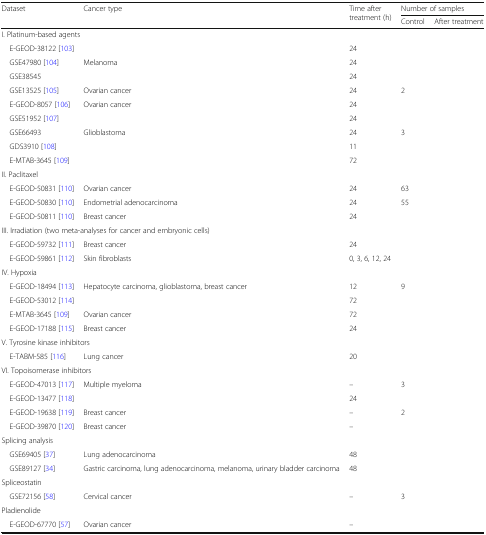
<table><thead><tr><td rowspan="2"><b>Dataset</b></td><td rowspan="2"><b>Cancer type</b></td><td rowspan="2"><b>Time after treatment (h)</b></td><td colspan="2"><b>Number of samples</b></td></tr><tr><td><b>Control</b></td><td><b>After treatment</b></td></tr></thead><tbody><tr><td colspan="5">I. Platinum-based agents</td></tr><tr><td> E-GEOD-38122 [103]</td><td>[EMPTY_CELL]</td><td>24</td><td>[EMPTY_CELL]</td><td>[EMPTY_CELL]</td></tr><tr><td> GSE47980 [104]</td><td>Melanoma</td><td>24</td><td>[EMPTY_CELL]</td><td>[EMPTY_CELL]</td></tr><tr><td> GSE38545</td><td>[EMPTY_CELL]</td><td>24</td><td>[EMPTY_CELL]</td><td>[EMPTY_CELL]</td></tr><tr><td> GSE13525 [105]</td><td>Ovarian cancer</td><td>24</td><td>2</td><td>[EMPTY_CELL]</td></tr><tr><td> E-GEOD-8057 [106]</td><td>Ovarian cancer</td><td>24</td><td>[EMPTY_CELL]</td><td>[EMPTY_CELL]</td></tr><tr><td> GSE51952 [107]</td><td>[EMPTY_CELL]</td><td>24</td><td>[EMPTY_CELL]</td><td>[EMPTY_CELL]</td></tr><tr><td> GSE66493</td><td>Glioblastoma</td><td>24</td><td>3</td><td>[EMPTY_CELL]</td></tr><tr><td> GDS3910 [108]</td><td>[EMPTY_CELL]</td><td>11</td><td>[EMPTY_CELL]</td><td>[EMPTY_CELL]</td></tr><tr><td> E-MTAB-3645 [109]</td><td>[EMPTY_CELL]</td><td>72</td><td>[EMPTY_CELL]</td><td>[EMPTY_CELL]</td></tr><tr><td colspan="5">II. Paclitaxel</td></tr><tr><td> E-GEOD-50831 [110]</td><td>Ovarian cancer</td><td>24</td><td>63</td><td>[EMPTY_CELL]</td></tr><tr><td> E-GEOD-50830 [110]</td><td>Endometrial adenocarcinoma</td><td>24</td><td>55</td><td>[EMPTY_CELL]</td></tr><tr><td> E-GEOD-50811 [110]</td><td>Breast cancer</td><td>24</td><td>[EMPTY_CELL]</td><td>[EMPTY_CELL]</td></tr><tr><td colspan="5">III. Irradiation (two meta-analyses for cancer and embryonic cells)</td></tr><tr><td> E-GEOD-59732 [111]</td><td>Breast cancer</td><td>24</td><td>[EMPTY_CELL]</td><td>[EMPTY_CELL]</td></tr><tr><td> E-GEOD-59861 [112]</td><td>Skin fibroblasts</td><td>0, 3, 6, 12, 24</td><td>[EMPTY_CELL]</td><td>[EMPTY_CELL]</td></tr><tr><td colspan="5">IV. Hypoxia</td></tr><tr><td> E-GEOD-18494 [113]</td><td>Hepatocyte carcinoma, glioblastoma, breast cancer</td><td>12</td><td>9</td><td>[EMPTY_CELL]</td></tr><tr><td> E-GEOD-53012 [114]</td><td>[EMPTY_CELL]</td><td>72</td><td>[EMPTY_CELL]</td><td>[EMPTY_CELL]</td></tr><tr><td> E-MTAB-3645 [109]</td><td>Ovarian cancer</td><td>72</td><td>[EMPTY_CELL]</td><td>[EMPTY_CELL]</td></tr><tr><td> E-GEOD-17188 [115]</td><td>Breast cancer</td><td>24</td><td>[EMPTY_CELL]</td><td>[EMPTY_CELL]</td></tr><tr><td colspan="5">V. Tyrosine kinase inhibitors</td></tr><tr><td> E-TABM-585 [116]</td><td>Lung cancer</td><td>20</td><td>[EMPTY_CELL]</td><td>[EMPTY_CELL]</td></tr><tr><td colspan="5">VI. Topoisomerase inhibitors</td></tr><tr><td> E-GEOD-47013 [117]</td><td>Multiple myeloma</td><td>–</td><td>3</td><td>[EMPTY_CELL]</td></tr><tr><td> E-GEOD-13477 [118]</td><td>[EMPTY_CELL]</td><td>24</td><td>[EMPTY_CELL]</td><td>[EMPTY_CELL]</td></tr><tr><td> E-GEOD-19638 [119]</td><td>Breast cancer</td><td>–</td><td>2</td><td>[EMPTY_CELL]</td></tr><tr><td> E-GEOD-39870 [120]</td><td>Breast cancer</td><td>–</td><td>[EMPTY_CELL]</td><td>[EMPTY_CELL]</td></tr><tr><td colspan="5">Splicing analysis</td></tr><tr><td> GSE69405 [37]</td><td>Lung adenocarcinoma</td><td>48</td><td>[EMPTY_CELL]</td><td>[EMPTY_CELL]</td></tr><tr><td> GSE89127 [34]</td><td>Gastric carcinoma, lung adenocarcinoma, melanoma, urinary bladder carcinoma</td><td>48</td><td>[EMPTY_CELL]</td><td>[EMPTY_CELL]</td></tr><tr><td colspan="5">Spliceostatin</td></tr><tr><td> GSE72156 [58]</td><td>Cervical cancer</td><td>–</td><td>3</td><td>[EMPTY_CELL]</td></tr><tr><td colspan="5">Pladienolide</td></tr><tr><td> E-GEOD-67770 [57]</td><td>Ovarian cancer</td><td>–</td><td>[EMPTY_CELL]</td><td>[EMPTY_CELL]</td></tr></tbody></table>